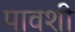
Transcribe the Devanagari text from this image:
पावशी